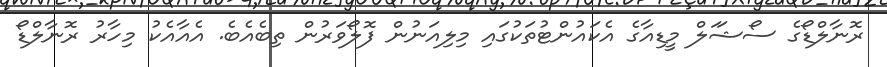
ރޮނާލްޑޯގެ ސޯޝަަަަލް މީޑިއާގެ އެކައުންޓުތަކުގައި މިލިއަނުން ފޮލޯވަރުން ތިބެއެބެ. އެއާއެކު މިހާރު ރޮނާލްޑޯ